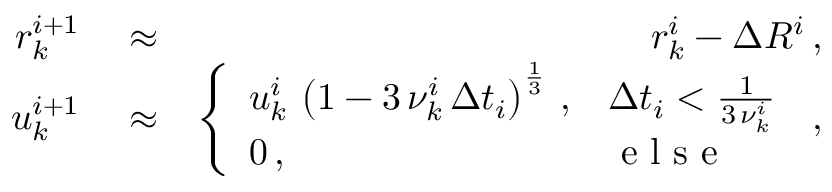
\begin{array} { r l r } { r _ { k } ^ { i + 1 } } & { { } \approx } & { r _ { k } ^ { i } - \Delta R ^ { i } \, , } \\ { u _ { k } ^ { i + 1 } } & { { } \approx } & { \left\{ \begin{array} { l l } { u _ { k } ^ { i } \, \left( 1 - 3 \, \nu _ { k } ^ { i } \, \Delta t _ { i } \right) ^ { \frac { 1 } { 3 } } \, , } & { \Delta t _ { i } < \frac { 1 } { 3 \, \nu _ { k } ^ { i } } } \\ { 0 \, , } & { \mathrm { ~ e ~ l ~ s ~ e ~ } } \end{array} \right. \, , } \end{array}